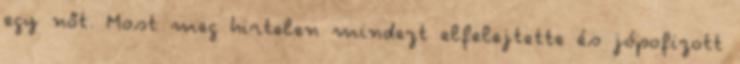
egy nőt. Most meg hirtelen mindezt elfelejtette és jópofizott